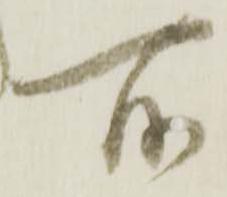
所